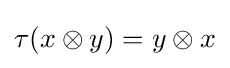
\tau (x\otimes y)=y\otimes x